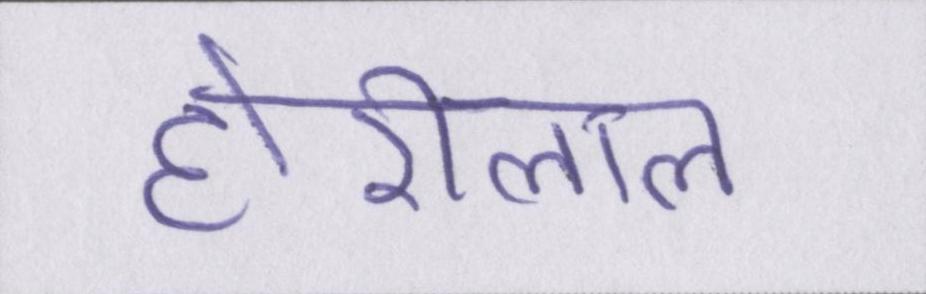
होरीलाल